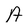
Character: A